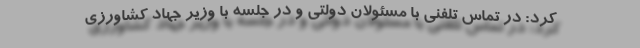
کرد: در تماس تلفنی با مسئولان دولتی و در جلسه با وزیر جهاد کشاورزی